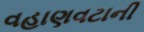
વહાણવટાની